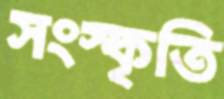
সংস্কৃতি